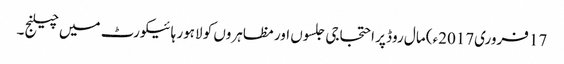
17 فروری2017ء) مال روڈ پر احتجاجی جلسوں اور مظاہروں کو لاہور ہائیکورٹ میں چیلنج ۔